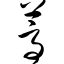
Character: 蒿